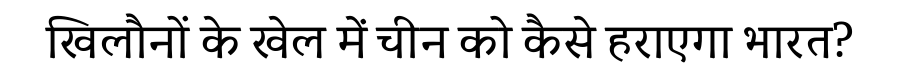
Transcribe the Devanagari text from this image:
खिलौनों के खेल में चीन को कैसे हराएगा भारत?